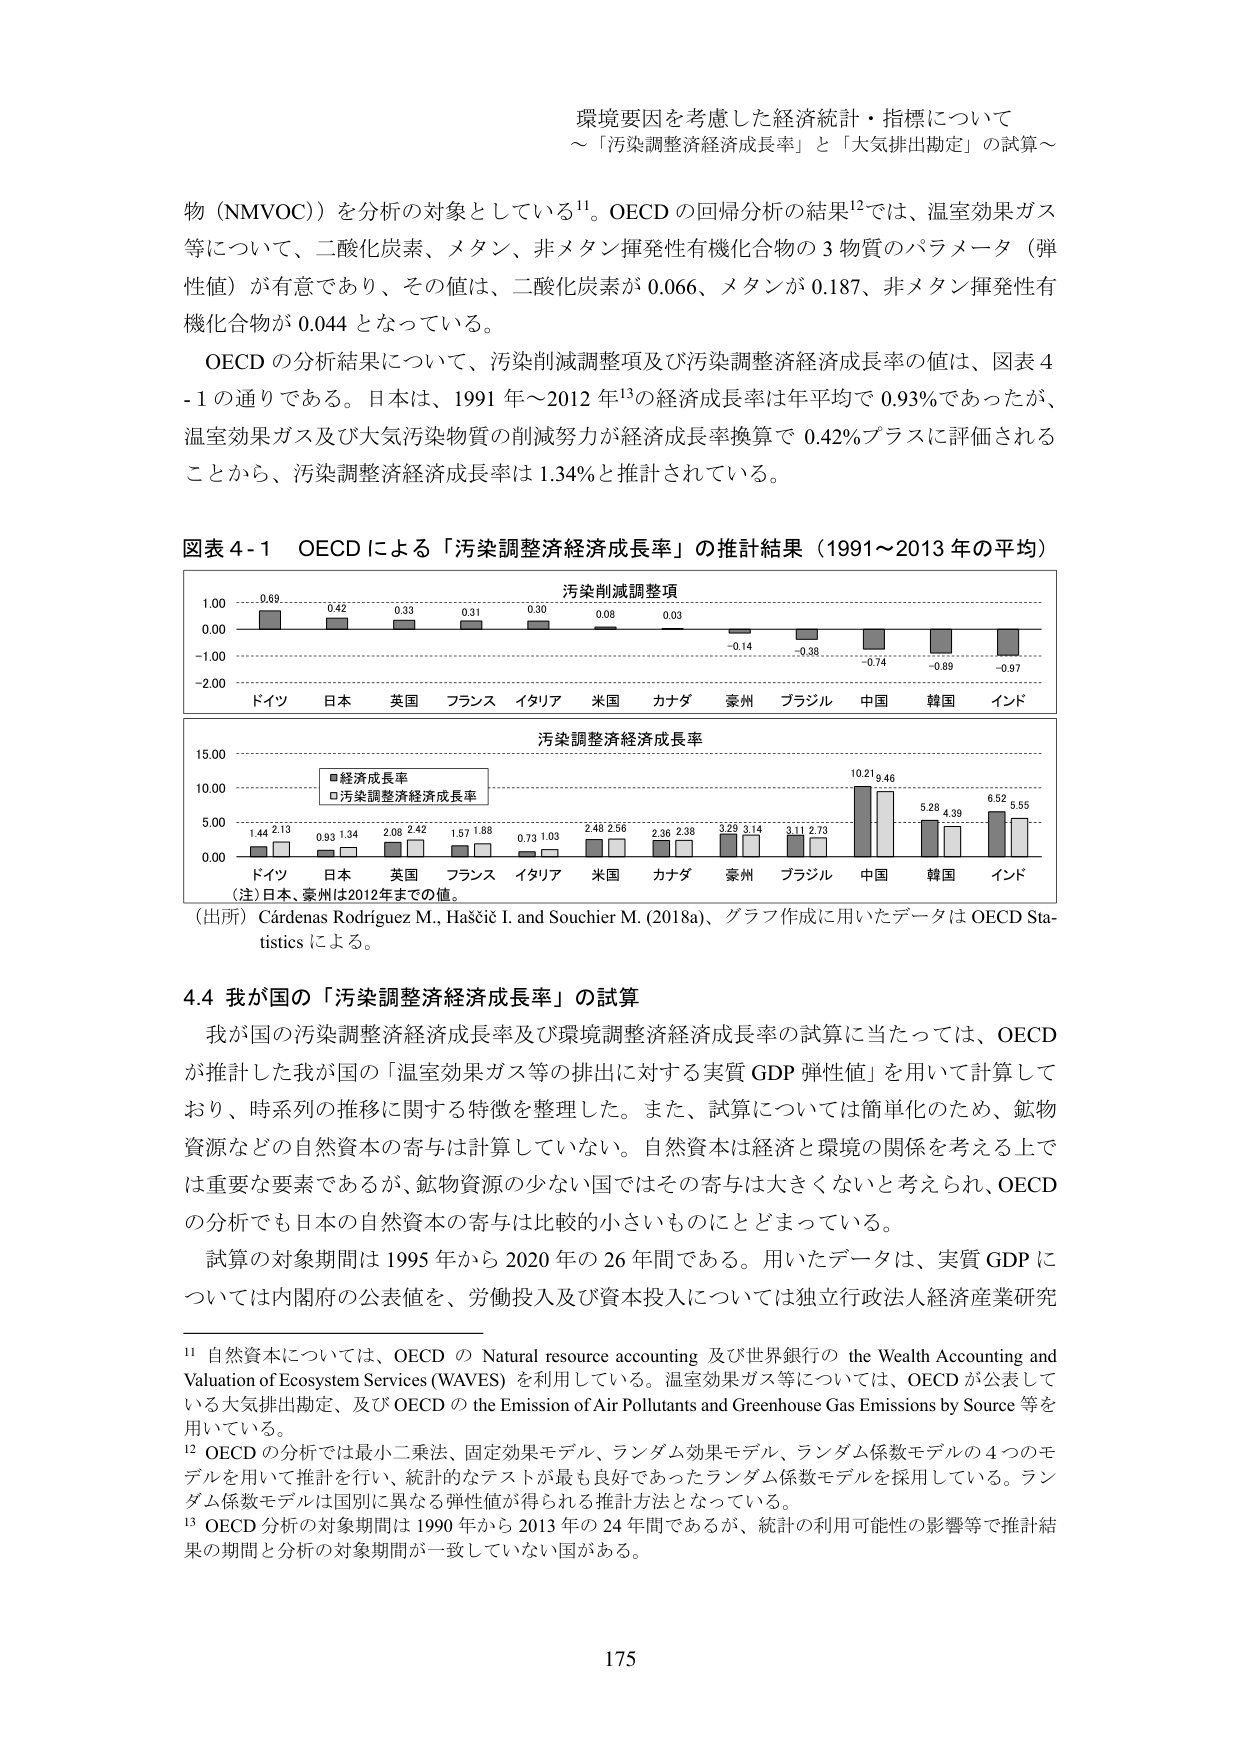
環境要因を考慮した経済統計・指標について
～「汚染調整済経済成長率」と「大気排出勘定」の試算～

物（NMVOC））を分析の対象としている¹¹。OECD の回帰分析の結果¹²では、温室効果ガス等について、二酸化炭素、メタン、非メタン揮発性有機化合物の３物質のパラメータ（弾性値）が有意であり、その値は、二酸化炭素が 0.066、メタンが 0.187、非メタン揮発性有機化合物が 0.044 となっている。

OECD の分析結果について、汚染削減調整項及び汚染調整済経済成長率の値は、図表 4-1 の通りである。日本は、1991 年～2012 年¹³の経済成長率は年平均で 0.93％であったが、温室効果ガス及び大気汚染物質の削減努力が経済成長率換算で 0.42％プラスに評価されることから、汚染調整済経済成長率は 1.34％と推計されている。

図表 4-1　OECD による「汚染調整済経済成長率」の推計結果（1991～2013 年の平均）

汚染削減調整項
1.00　　0.69　　　0.42　　　0.33　　　0.31　　　0.30　　　0.08　　　0.03　　　-0.14　　　-0.38　　　-0.74　　　-0.89　　　-0.97
0.00
-1.00
-2.00
　　　ドイツ　　日本　　英国　　フランス　　イタリア　　米国　　カナダ　　豪州　　ブラジル　　中国　　韓国　　インド

汚染調整済経済成長率
15.00
10.00